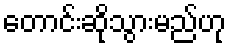
တောင်းဆိုသွားမည်ဟု